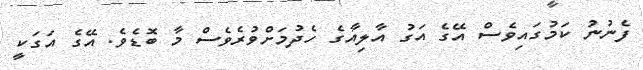
ފެނުނު ކަމުގައިވެސް އޭގެ އަގު އާލިއާގެ ހެދުމަށްވުރެވެސް މާ ބޮޑެވެ. އޭގެ އަގަކީ